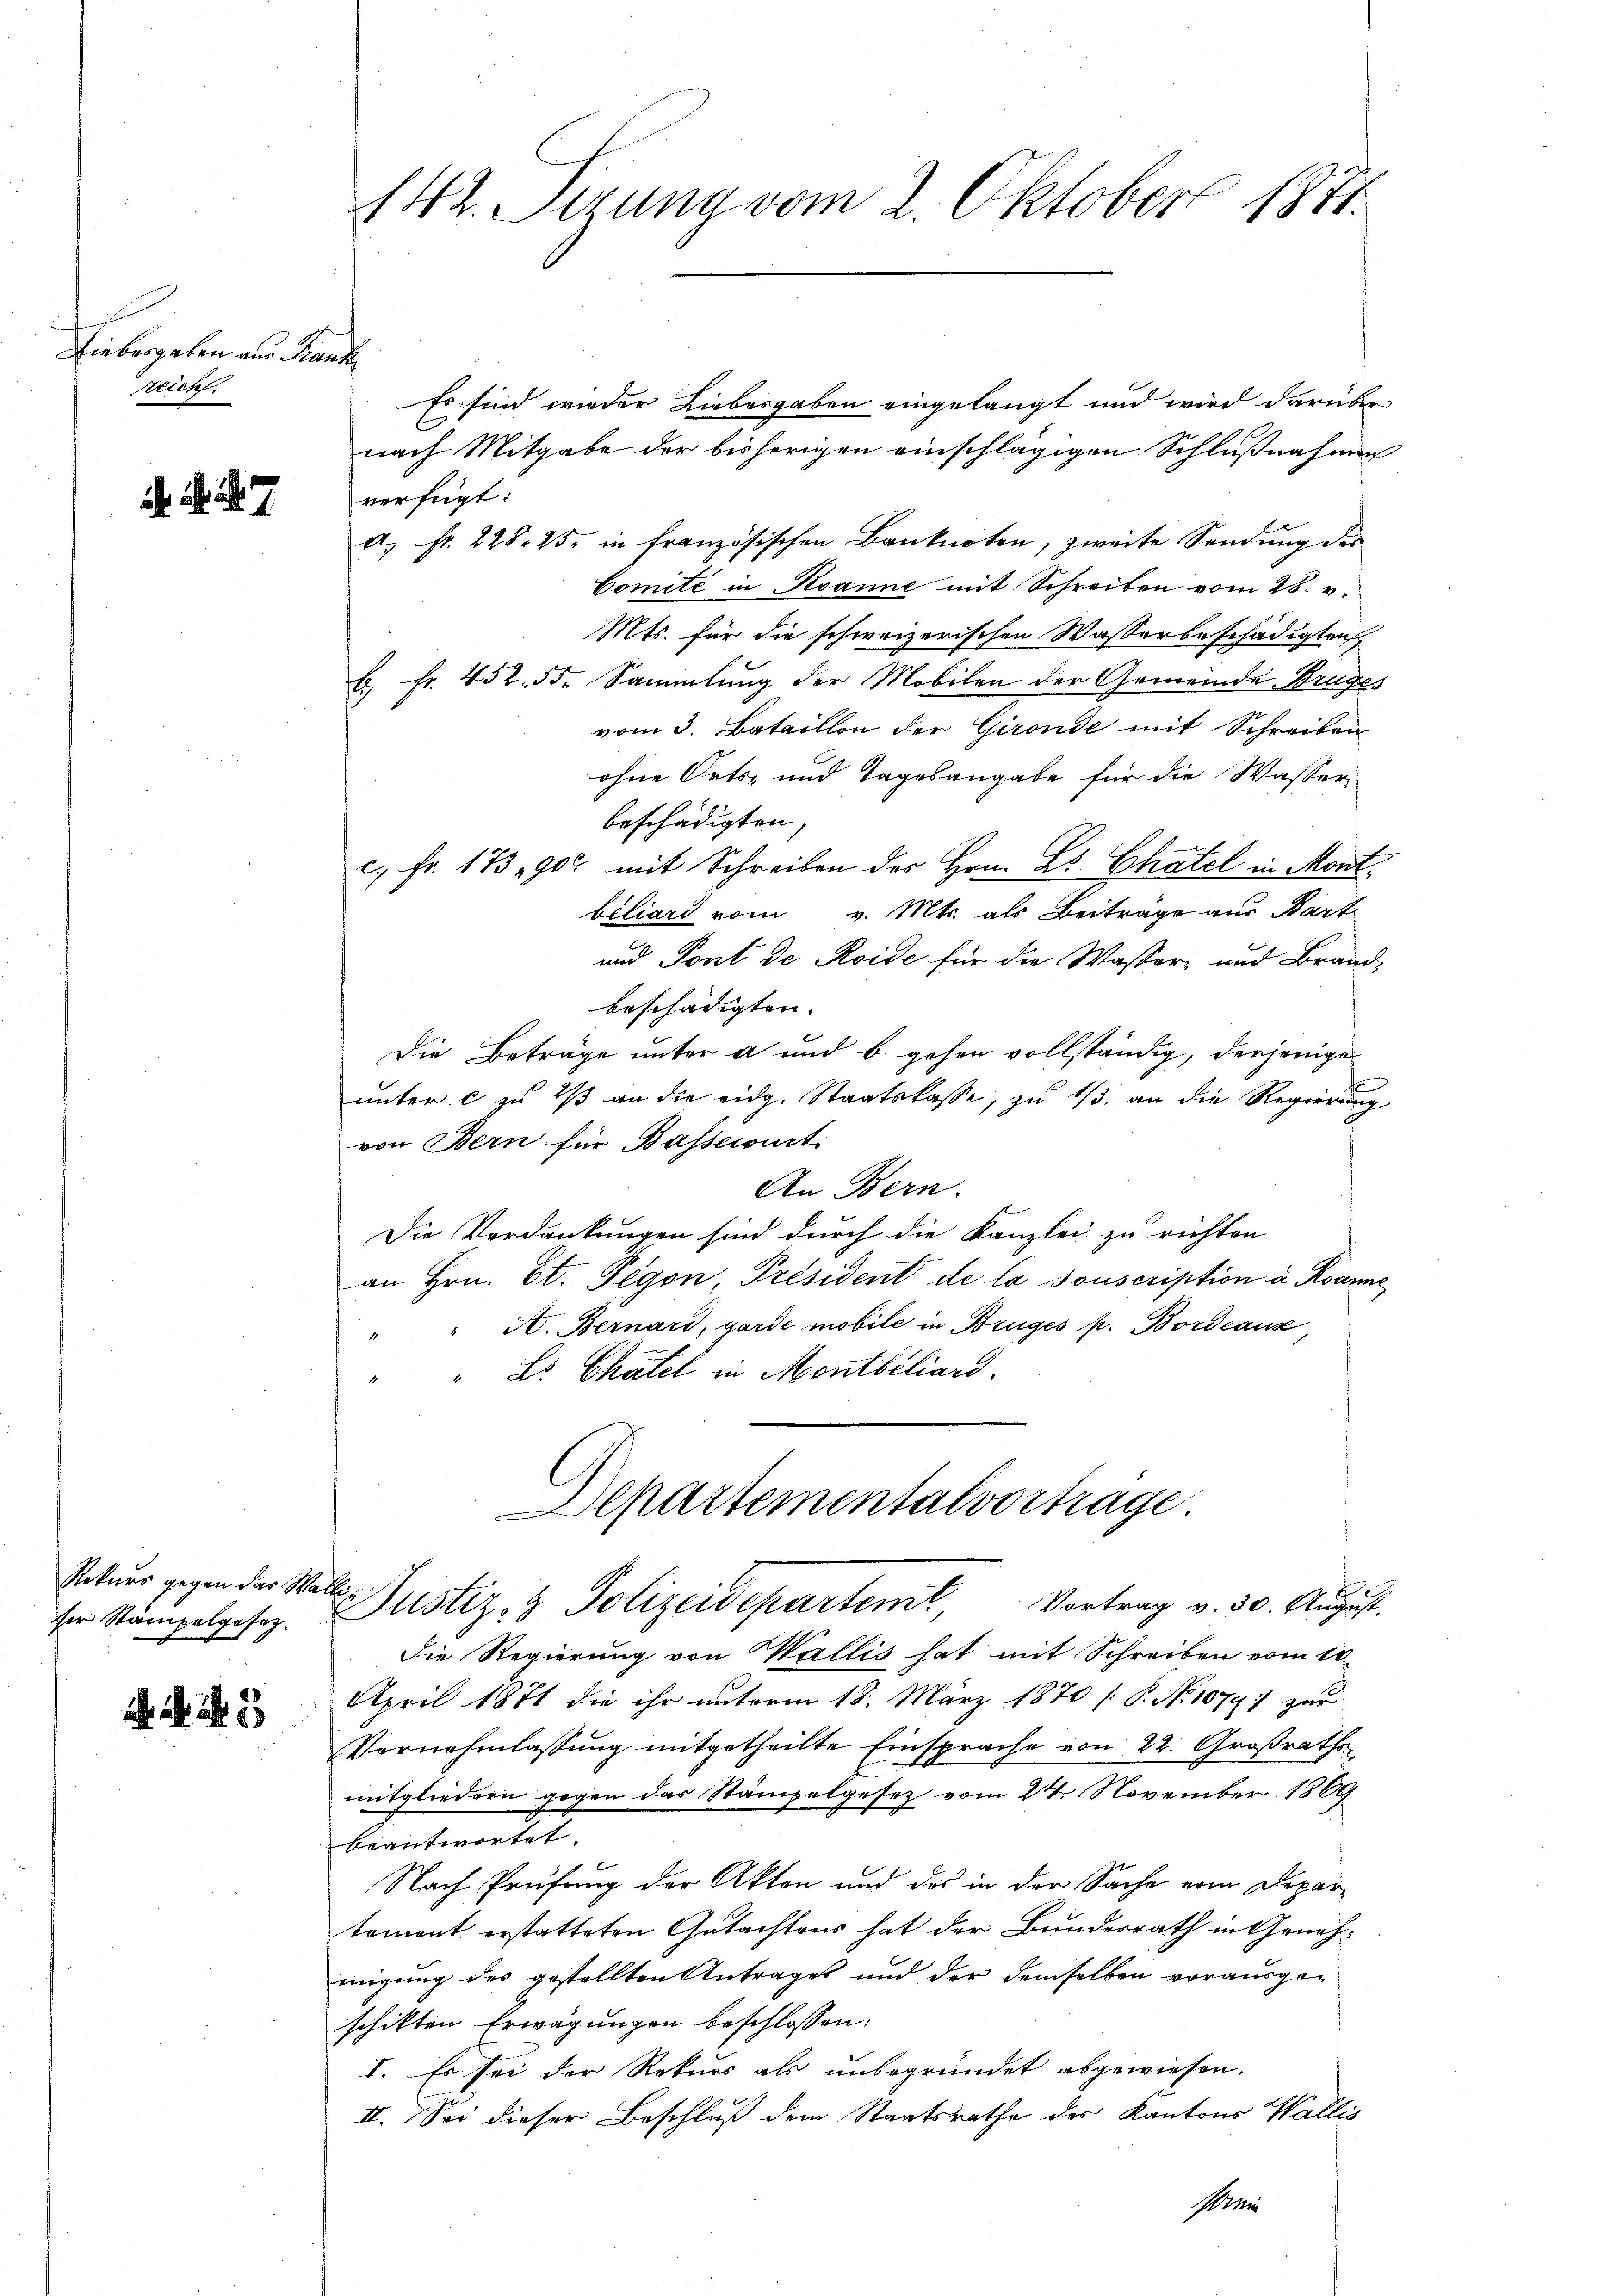
Liebergeben aus Franke
reich.

i. d. d. 7.

Rekurs gegen das Walliser Stämpelgesez

142. Sirung vom 2. Oktober 1871.

Es sind wieder Liebesgaben eingelangt und wird darüber
C
nach Mitgabe der bisherigen einschlägigen Schlußnahmen
verfügt:
A. Fr. 225. 25. in französischen Banknoten, zweite Sendung des
Comité in Rsanne mit Schreiben vom 28. v.
Mts. für die schweizerischen Wasserbeschädigten
b. Fr. 452. 55. Sammlung der Mobilen der Gemeinde Bruge-
vom 3. Bataillon der Girende mit Schreiben
ohne Orts- und Tagesangabe für die Wasser
beschädigten,
c. fr. 173 903 mit Schreiben des Hrn. Dr. Chatel in Mont
biliard vom v. Mts. als Beiträge aus Bart
und Pont de Roide für die Wasser- und Brand-
beschädigten. |
Die Beträge unter a und b. gehen vollständig, derjenige
unter c zu 2 an die eidg. Staatskasse, zu 1/3. an die Regierung
von Bern für Bassecurt
An Bern.
Die Verdankungen sind durch die Kanzlei zu richten
an Hrn. St. Pegon, Président de la souscription u. Rodun
" A. Bernard, garde mobile in Brüges p. Bordeaus
" " Dr. Chätel in Montbéliard.
Aepartementalvortrage
Justiz- & Polizeidepartem Vortrag v. 30. August.
Die Regierung von Wallis hat mit Schreiben vom 10.
April 1871 die ihr unterm 18. März 1870 [ P. No 10791 zur
Vernehmlassŭng mitgetheilte Einsprache von 22. Großraths
mitgliedern gegen das Stämpelgesetz vom 24. November 1869
beantwortet.
Nach Prüfung der Akten und des in der Sache vom Depar
temont erstatteten Gutachtens hat der Bundesrath in Genehmigung des gestellten Antrages und der demselben vorausgeschikten Erwägungen beschlossen:
I. Es sei der Rekurs als unbegründet abgewiesen.
II. Sei dieser Beschluß dem Staatsrathe der Kantons Wallis